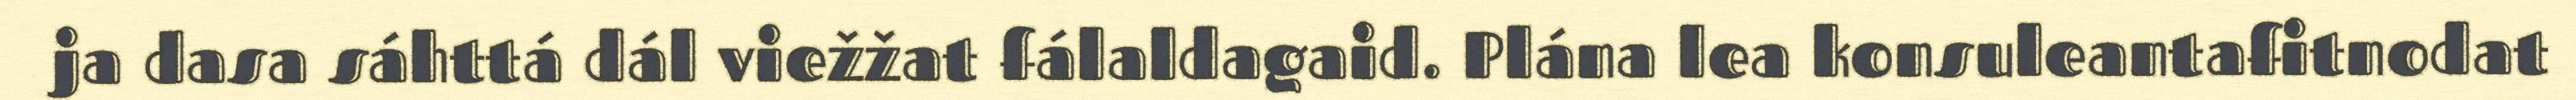
ja dasa sáhttá dál viežžat fálaldagaid. Plána lea konsuleantafitnodat